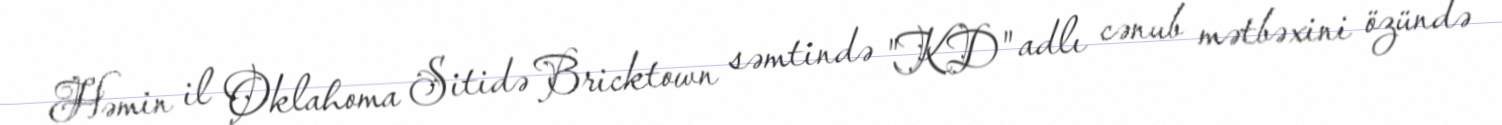
Həmin il Oklahoma Sitidə Bricktown səmtində "KD" adlı cənub mətbəxini özündə